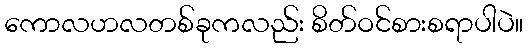
ကောလဟလတစ်ခုကလည်း စိတ်ဝင်စားစရာပါပဲ။